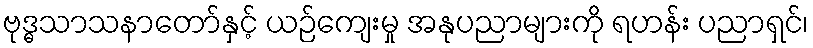
ဗုဒ္ဓသာသနာတော်နှင့် ယဉ်ကျေးမှု အနုပညာများကို ရဟန်း ပညာရှင်၊